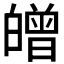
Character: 𤾥